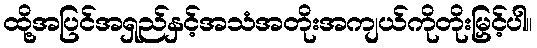
ထို့အပြင်အရှည်နှင့်အသံအတိုးအကျယ်ကိုတိုးမြှင့်ပါ။